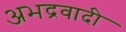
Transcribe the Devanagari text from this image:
अभद्रवादी